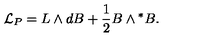
{ \cal L } _ { P } = L \wedge d B + \frac { 1 } { 2 } B \wedge { } ^ { * } B .